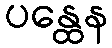
ပန္ထေန